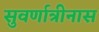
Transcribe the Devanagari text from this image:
सुवर्णात्रीनास